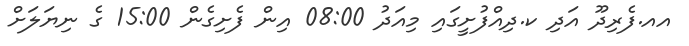
އއ.ފެރިދޫ އަދި ކ.ދިއްފުށީގައި މިއަދު 08:00 އިން ފެށިގެން 15:00 ގެ ނިޔަލަށް